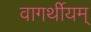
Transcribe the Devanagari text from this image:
वागर्थीयम्